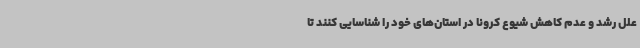
علل رشد و عدم کاهش شیوع کرونا در استان‌های خود را شناسایی کنند تا